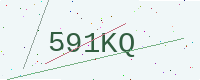
Text: 591KQ